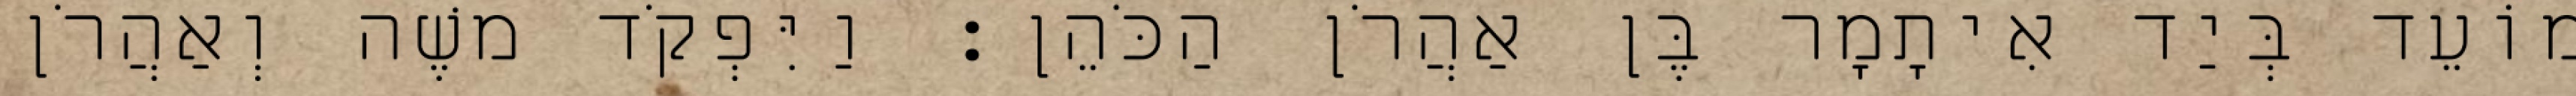
מוֹעֵד בְּיַד אִיתָמָר בֶּן אַהֲרֹן הַכֹּהֵן׃ וַיִּפְקֹד משֶׁה וְאַהֲרֹן